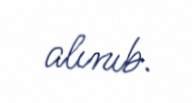
alınıb.